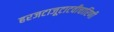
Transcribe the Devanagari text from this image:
हरजटाजूटाटवीचारिणी